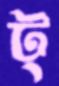
ট্